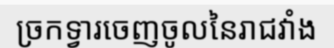
ច្រកទ្វារចេញចូលនៃរាជវាំង